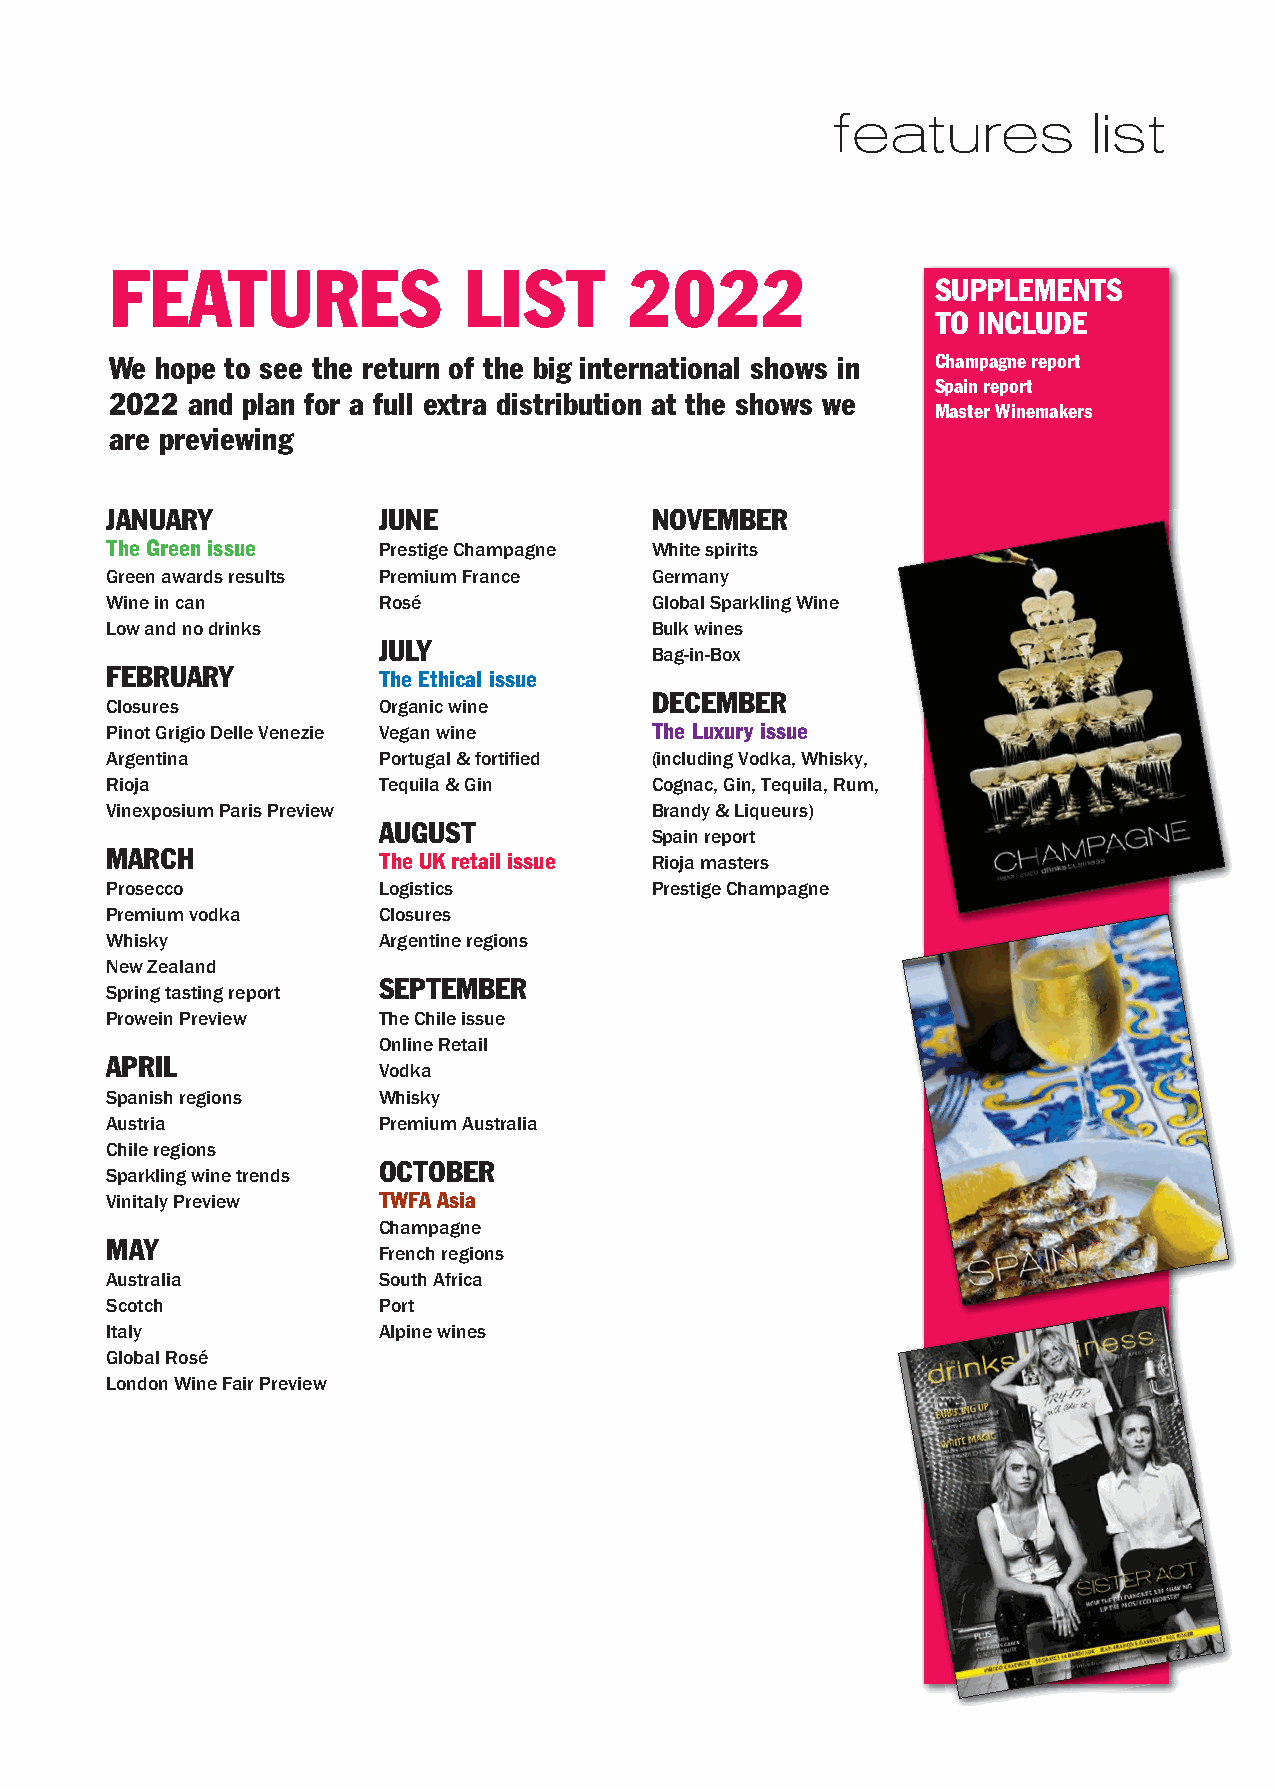
features         list
 FEATURES                LIST       2022
 SUPPLEMENTS
 TO INCLUDE
 We hope to see the return of the big international shows in Champagne report
 Spain report
 2022 and plan for a full extra distribution at the shows we
 Master Winemakers
 are previewing
 JANUARY           JUNE              NOVEMBER
 The Green issue   Prestige Champagne White spirits
 Green awards results Premium France Germany
 Wine in can       Rosé              Global Sparkling Wine
 Low and no drinks                   Bulk wines
 JULY
 Bag-in-Box
 FEBRUARY          The Ethical issue
 DECEMBER
 Closures          Organic wine
 Pinot Grigio Delle Venezie Vegan wine The Luxury issue
 Argentina         Portugal & fortified (including Vodka, Whisky,
 Rioja             Tequila & Gin     Cognac, Gin, Tequila, Rum,
 Vinexposium Paris Preview           Brandy & Liqueurs)
 AUGUST
 Spain report
 MARCH             The UK retail issue Rioja masters
 Prosecco          Logistics         Prestige Champagne
 Premium vodka     Closures
 Whisky            Argentine regions
 New Zealand
 SEPTEMBER
 Spring tasting report
 Prowein Preview   The Chile issue
 Online Retail
 APRIL
 Vodka
 Spanish regions   Whisky
 Austria           Premium Australia
 Chile regions
 OCTOBER
 Sparkling wine trends
 Vinitaly Preview  TWFA Asia
 Champagne
 MAY
 French regions
 Australia         South Africa
 Scotch            Port
 Italy             Alpine wines
 Global Rosé
 London Wine Fair Preview